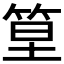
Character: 𥭧